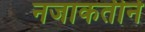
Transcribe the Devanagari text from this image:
नजाकतीने